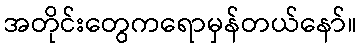
အတိုင်းတွေကရောမှန်တယ်နော်။